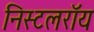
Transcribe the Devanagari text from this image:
निस्टलरॉय